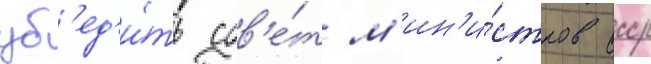
уб'ед'и́ть сов'е́т м'ин'и́стров ссср